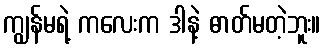
ကျွန်မရဲ့ ကလေးက ဒါနဲ့ ဓာတ်မတဲ့ဘူး။